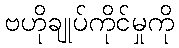
ဗဟိုချုပ်ကိုင်မှုကို